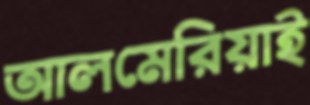
আলমেরিয়াই